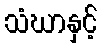
သံဃာနှင့်